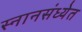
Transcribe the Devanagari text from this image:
स्नानसंध्येत